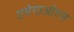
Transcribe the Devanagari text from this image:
एमेगाओएस